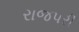
રાજપરી